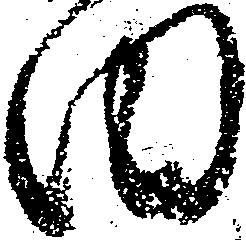
田